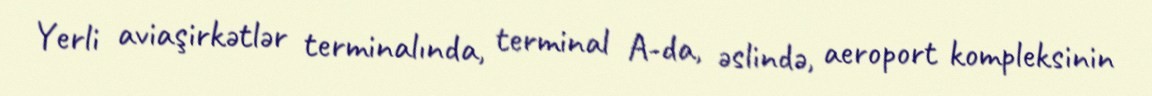
Yerli aviaşirkətlər terminalında, terminal A-da, əslində, aeroport kompleksinin